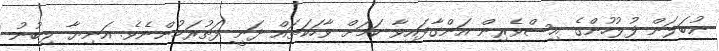
ނުބަލަން ފުލުހުންގެ އިސްވެރިން އަންގާފައިވާ ކަމަށް ވާހަކަތައް ދަނީ ފަތުރަމުންނެވެ. އަނިޔާ ލިބުނު